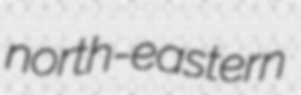
north-eastern